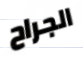
الجراح